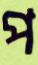
প